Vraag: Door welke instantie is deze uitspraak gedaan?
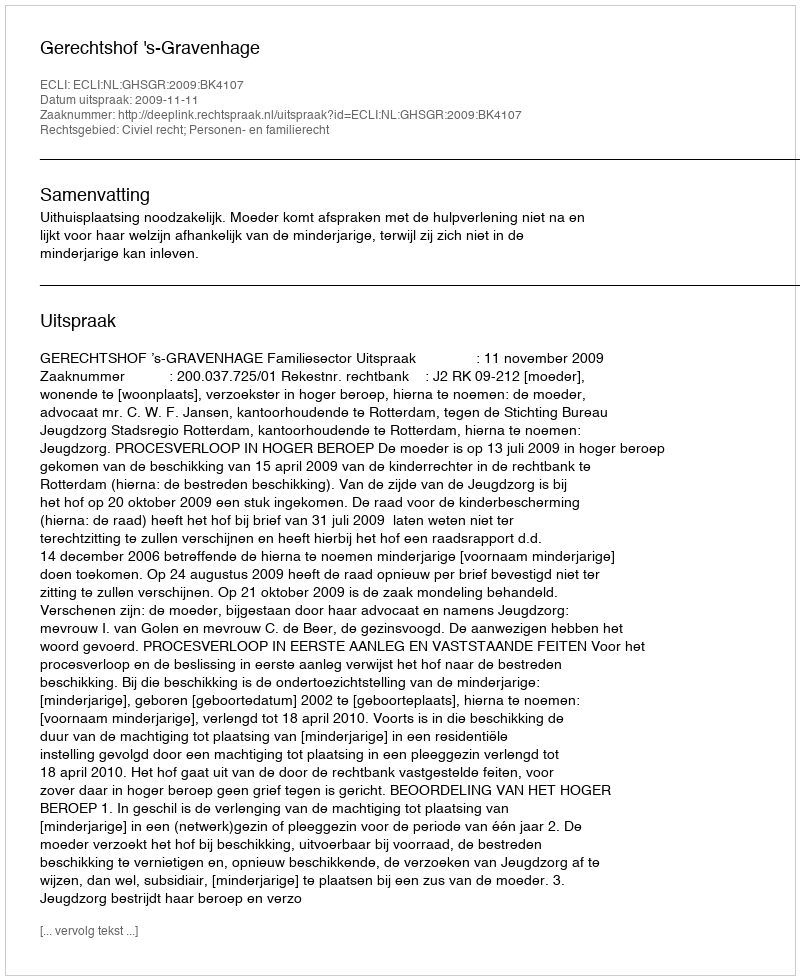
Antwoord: Gerechtshof 's-Gravenhage